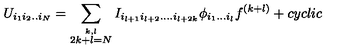
U _ { i _ { 1 } i _ { 2 } . . i _ { N } } = \sum _ { \stackrel { k , l } { 2 k + l = N } } I _ { i _ { l + 1 } i _ { l + 2 } . . . . i _ { l + 2 k } } \phi _ { i _ { 1 } . . . i _ { l } } f ^ { ( k + l ) } + c y c l i c